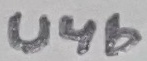
Text: U4b